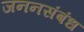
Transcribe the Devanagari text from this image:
जननसंबंध